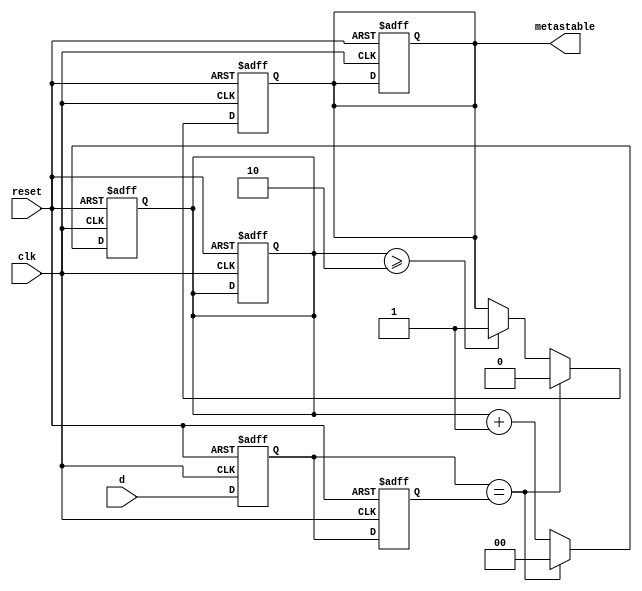
module metastability_detector (
    input wire clk,          // Clock signal
    input wire reset,        // Asynchronous reset signal
    input wire d,            // Signal to monitor
    output reg metastable    // Output indicating metastable state
);

    // Internal signals for the flip-flops
    reg Q1, Q2;

    // Parameters for timing constraints
    parameter STABLE_TIME = 3; // Number of clock cycles to determine stability

    // State counter to monitor stability
    reg [1:0] stable_counter;

    // Flip-flops to sample the input signal
    always @(posedge clk or posedge reset) begin
        if (reset) begin
            Q1 <= 1'b0;
            Q2 <= 1'b0;
            stable_counter <= 2'b0;
            metastable <= 1'b0;
        end else begin
            Q1 <= d; // Sample the input signal
            Q2 <= Q1; // Sample the output of the first flip-flop
        end
    end

    // Metastability detection logic
    always @(posedge clk or posedge reset) begin
        if (reset) begin
            stable_counter <= 2'b0;
            metastable <= 1'b0;
        end else begin
            if (Q1 == Q2) begin
                // If Q1 and Q2 are the same, reset the counter
                stable_counter <= 2'b0;
                metastable <= 1'b0; // No metastability
            end else begin
                // If Q1 and Q2 are different, increment the counter
                stable_counter <= stable_counter + 1;
                if (stable_counter >= STABLE_TIME - 1) begin
                    metastable <= 1'b1; // Indicate metastability condition
                end
            end
        end
    end

endmodule